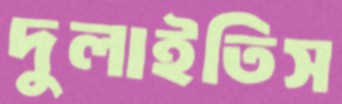
দুলাইতিস